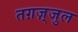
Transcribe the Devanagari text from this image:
तग़ज़्जुल